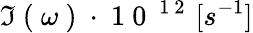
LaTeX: \Im\mathrm{~(~}\omega\mathrm{~)~}\cdot\mathrm{~1~0~}^{\mathrm{~1~2~}}\, [s^{-1}]